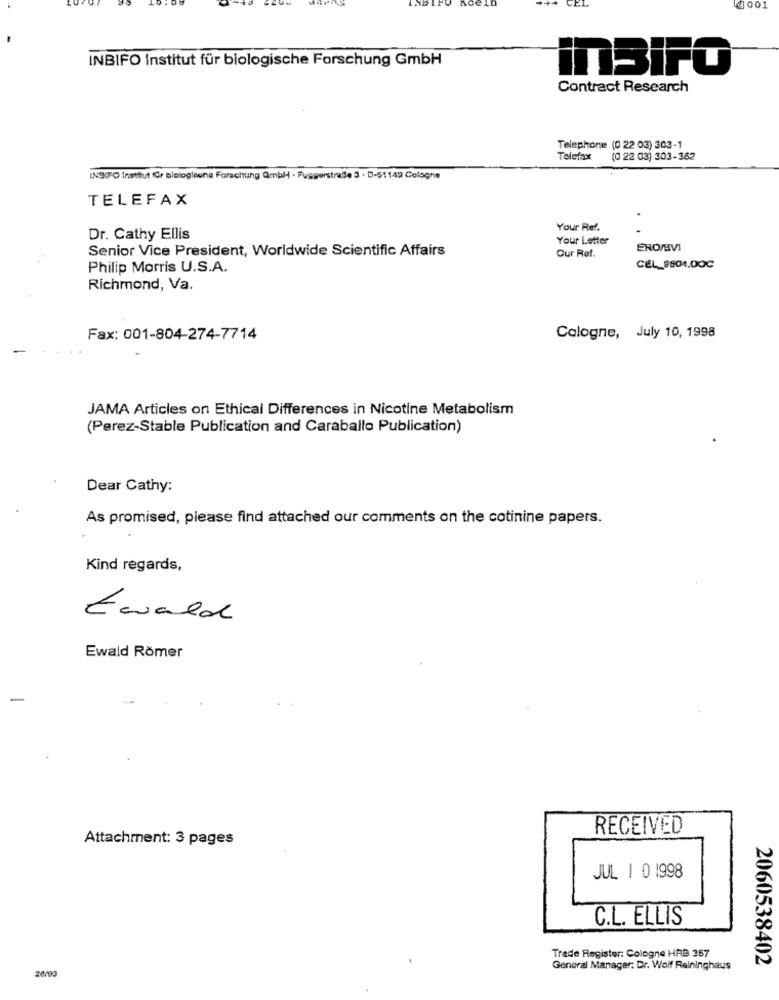
ein
4001
INBIFO Institut für biologische Forschung GmbH
inBiFO
Contract Research
Telephone (0 22 03) 303-1
Telefax
(0 22 03) 303-362
INSIFO Institut für biologieone Forschung QmbH · Fusserstraße 3 · D-51149 Cologne
TELEFAX
Your Ref.
Dr. Cathy Ellis
Your Letter
Senior Vice President, Worldwide Scientific Affairs
ERO/VI
Our Ref.
Philip Morris U.S.A.
CEL_9804.00℃
Richmond, Va.
Fax: 001-804-274-7714
Cologne, July 10, 1998
JAMA Articles on Ethical Differences in Nicotine Metabolism
(Perez-Stable Publication and Caraballo Publication)
Dear Cathy:
As promised, please find attached our comments on the cotinine papers.
Kind regards,
Ewald
Ewald Römer
RECEIVED
Attachment: 3 pages
JUL 1 0 1998
C.L. ELLIS
Trade Register: Cologne HAB 357
2060538402
28/93
General Manager, Dr. Wolf Raininghaus